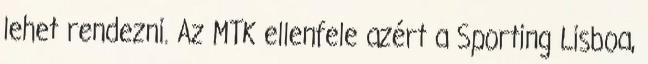
lehet rendezni. Az MTK ellenfele azért a Sporting Lisboa,